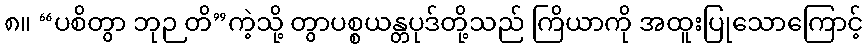
၈။ “ပစိတွာ ဘုဉ တိ”ကဲ့သို့ တွာပစ္စယန္တပုဒ်တို့သည် ကြိယာကို အထူးပြုသောကြောင့်